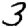
Digit: 3